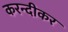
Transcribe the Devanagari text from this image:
करन्दीकर